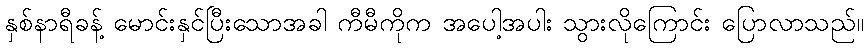
နှစ်နာရီခန့် မောင်းနှင်ပြီးသောအခါ ကီမီကိုက အပေါ့အပါး သွားလိုကြောင်း ပြောလာသည်။